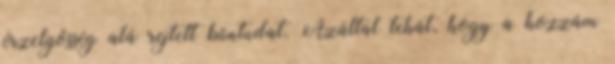
érzelgõsség alá rejtett bûntudat. Azáltal tehát, hogy a hozzám